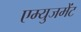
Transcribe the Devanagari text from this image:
एम्‍युजमेंट